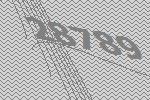
28789